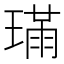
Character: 𤨸